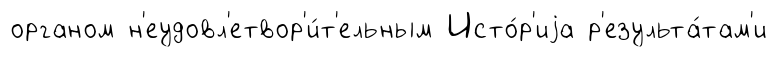
органом н'еудовл'етвор'и́т'ельным Исто́р'иjа р'езульта́там'и